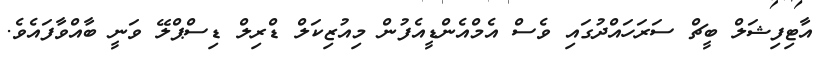
އާޓިފިޝަލް ބީޗް ސަރަހައްދުގައި ވެސް އެމްއެންޑީއެފުން މިއުޒިކަލް ޑްރިލް ޑިސްޕްލޭ ވަނީ ބާއްވާފައެވެ.